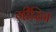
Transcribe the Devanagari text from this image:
गीरिन